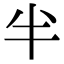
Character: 半